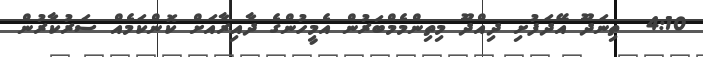
4:10  ތިނަދޫ އޭދަފުށި ދިއްދޫ މިތިންމެމްބަރުން އެމީހުންގެ ދާއިރާއަށް ކޮންކަމެއް ސަރުކާރުން